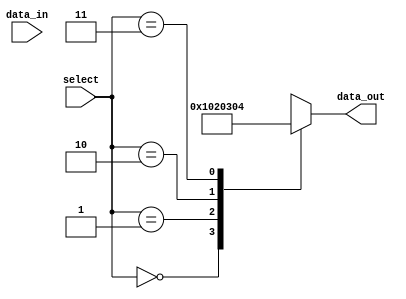
module array_continuous_assignment(
    input wire [3:0] data_in,     // 4-bit input data
    input wire [1:0] select,      // 2-bit select signal to choose array index
    output wire [7:0] data_out     // 8-bit output (array element)
);

// Parameterized array size
parameter N = 4;  // Size of the array
reg [7:0] array_reg [0:N-1]; // Declare an array of 8-bit registers

// Continuous assignments to initialize array values
assign array_reg[0] = 8'b00000001; // Element 0
assign array_reg[1] = 8'b00000010; // Element 1
assign array_reg[2] = 8'b00000011; // Element 2
assign array_reg[3] = 8'b00000100; // Element 3

// Continuous assignment for output based on the select signal
assign data_out = array_reg[select]; // Update output based on the selected index

endmodule